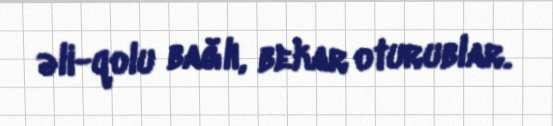
əli-qolu bağlı, bekar oturublar.